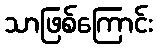
သာဖြစ်ကြောင်း